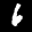
Label: 6